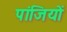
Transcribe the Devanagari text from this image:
पांजियों